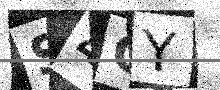
Text: S4CY